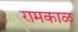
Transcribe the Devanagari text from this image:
रामकाळ